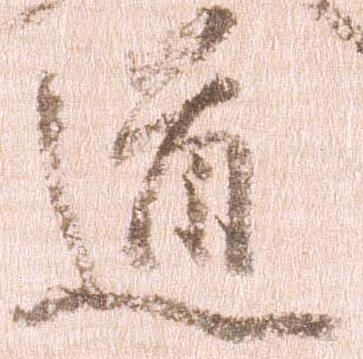
道